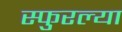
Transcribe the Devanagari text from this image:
स्फुरल्या